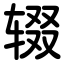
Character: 辍